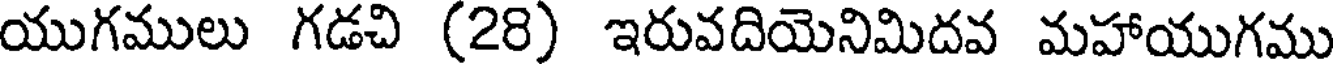
యుగములు గడచి (28) ఇరువదియెనిమిదవ మహాయుగము